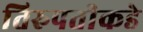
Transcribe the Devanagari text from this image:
तिरुपतीकडे